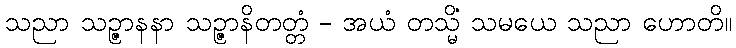
သညာ သဉ္ဇာနနာ သဉ္ဇာနိတတ္တံ - အယံ တသ္မိံ သမယေ သညာ ဟောတိ။